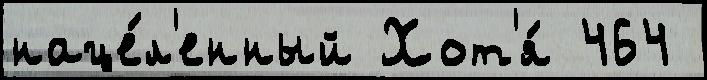
наце́л'енный Хот'я́ 464